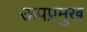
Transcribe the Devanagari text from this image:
ऊपप्रमुख